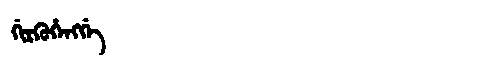
Manchu: ᡤᡳᡵᡴᡠᡥᡝᠩᡤᡝ
Romanization: GIRKUHENGGE